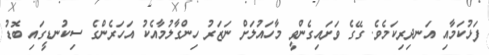
ފަޅުކަމާއި އަނދިރިކަމެވެ. ގޭގެ ވަށައިގެންވީ މާހައުލަށް ނަޒަރު ހިންގާލުމާއެކު އަހަރެންގެ ސިކުނޑީގައި ބޮޑު